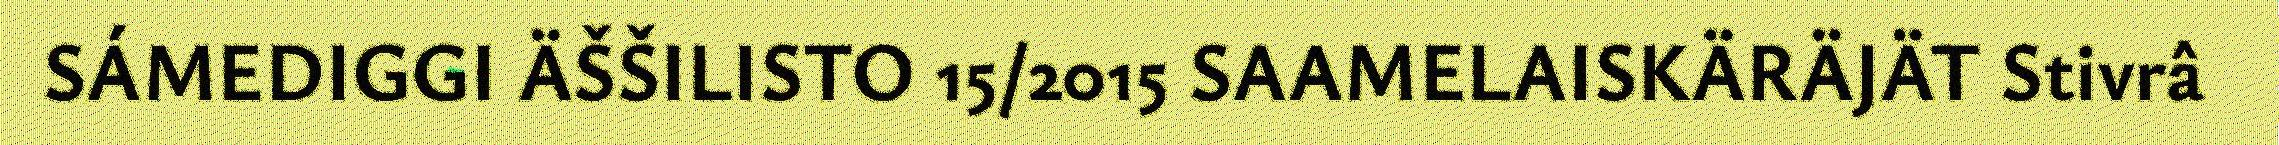
SÁMEDIGGI ÄŠŠILISTO 15/2015 SAAMELAISKÄRÄJÄT Stivrâ